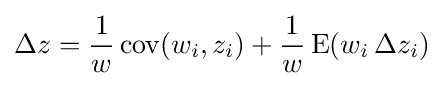
\Delta {z}={\frac {1}{w}}\operatorname {cov} (w_{i},z_{i})+{\frac {1}{w}}\operatorname {E} (w_{i}\,\Delta z_{i})